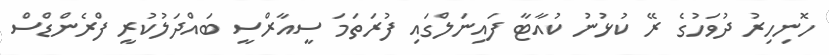
ހޮނިހިރު ދުވަހުގެ ރޭ ކުޅުނު ކުއާޓާ ފައިނަލްގައި ފުރަތަމަ ސީއާރްސީ ބައްދަލުކުރީ ފްރެންޑްސް